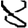
Digit: 8